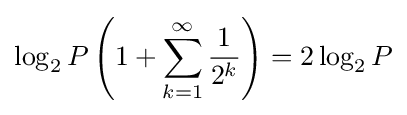
\log _{2}{P}\left(1+\sum _{k=1}^{\infty }{\frac {1}{2^{k}}}\right)=2\log _{2}{P}